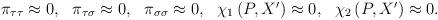
LaTeX: \begin{align*}\begin{array}{ccccc}\pi _{\tau \tau }\approx 0, & \pi _{\tau \sigma }\approx 0, & \pi _{\sigma\sigma }\approx 0, & \chi _1\left( P,X^{\prime }\right) \approx 0, & \chi_2\left( P,X^{\prime }\right) \approx 0.\end{array}\end{align*}